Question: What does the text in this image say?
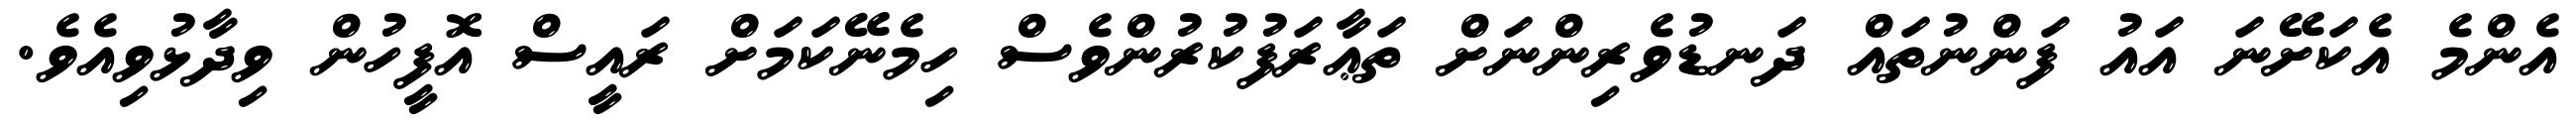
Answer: އެންމެ އެކަށޭނަ އައު ފަންނުތައް ދަނޑުވެރިންނަށް ތަޢާރަފުކުރުންވެސް ހިމެނޭކަމަށް ރައީސް އޮފީހުން ވިދާޅުވިއެވެ.